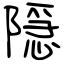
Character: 隠